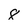
Character: 8